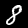
Label: 8